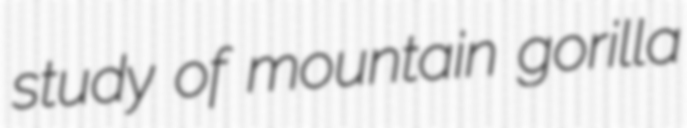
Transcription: study of mountain gorilla